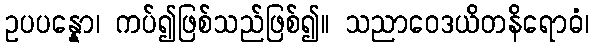
ဥပပန္နော၊ ကပ်၍ဖြစ်သည်ဖြစ်၍။ သညာဝေဒယိတနိရောဓံ၊